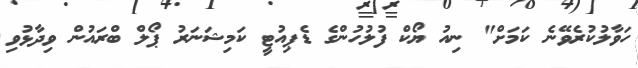
ހަވާލުކުރެވޭނެ ކަމަށް" ނިއު ޔޯކް ފުލުހުންގެ ޑެޕިއުޓީ ކަމިޝަނަރު ޕޯލް ބްރައުން ވިދާޅުވި